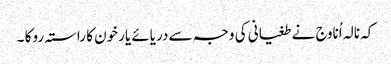
کہ نالہ اُناوج نے طغیانی کی وجہ سے دریائے یارخون کا راستہ روکا ۔